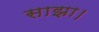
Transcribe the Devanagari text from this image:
साझा।